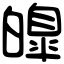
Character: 皥